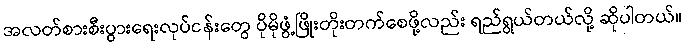
အလတ်စားစီးပွားရေးလုပ်ငန်းတွေ ပိုမိုဖွံ့ဖြိုးတိုးတက်စေဖို့လည်း ရည်ရွယ်တယ်လို့ ဆိုပါတယ်။